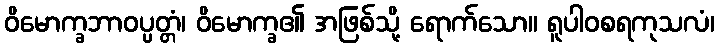
ဝိမောက္ခဘာဝပ္ပတ္တံ၊ ဝိမောက္ခ၏ အဖြစ်သို့ ရောက်သော။ ရူပါဝစရကုသလံ၊